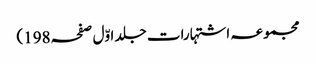
مجموعہ اشتہارات جلد اوّل صفحہ198)